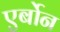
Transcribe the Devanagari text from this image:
एर्बोन